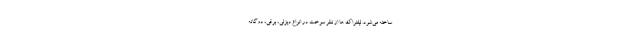
ساخته می‌شود. لیفتراک ها از نظر سوخت در انواع دیزلی، برقی، دوگانه